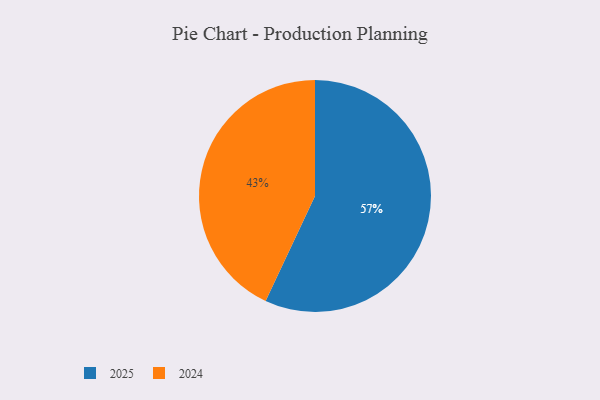
{"axis": {"x": "Category", "y": "Percentage"}, "legend": ["2024", "2025"], "data": [{"x": "2024", "y": 43, "type": "2024"}, {"x": "2025", "y": 57, "type": "2025"}]}